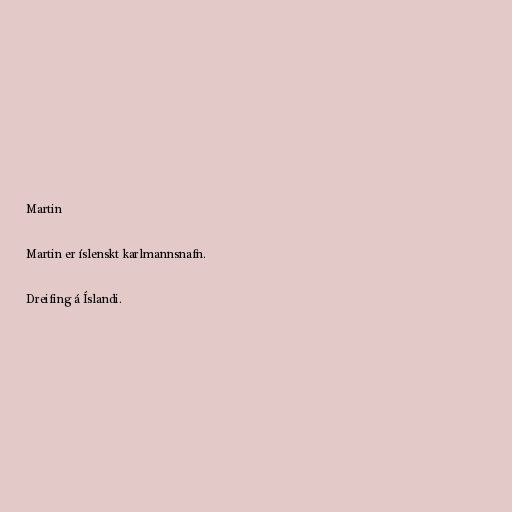
Martin

Martin er íslenskt karlmannsnafn.

Dreifing á Íslandi.